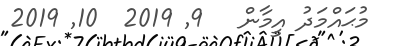
މުޙައްމަދު އީމާން   9